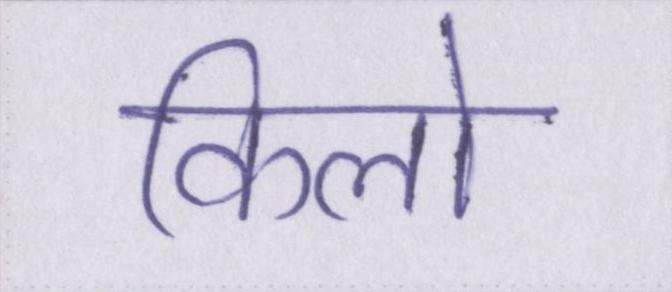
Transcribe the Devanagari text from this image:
किलो